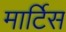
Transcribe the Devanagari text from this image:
मार्टिस